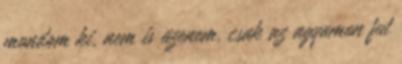
mondom ki, nem is üzenem, csak az agyamon fut